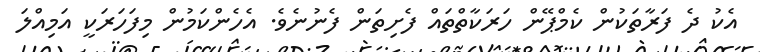
އެކު ދެ ފަރާތަކުން ކެމްޕޭން ހަރަކާތްތައް ފެށިތަން ފެނުނެވެ. އެހެންކަމުން މިފަހަރަކީ އަމިއްލަ